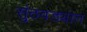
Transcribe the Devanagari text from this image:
सुंठवड्यात